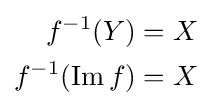
{\begin{alignedat}{4}f^{-1}(Y)&=X\\f^{-1}(\operatorname {Im} f)&=X\end{alignedat}}